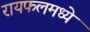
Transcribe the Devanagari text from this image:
रायफलमध्ये